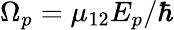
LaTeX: {\Omega_{p}}={\mu_{12}}{E_{p}}/\hbar